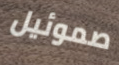
صموئيل